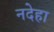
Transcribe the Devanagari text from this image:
नदेहा